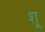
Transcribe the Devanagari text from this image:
श्र्